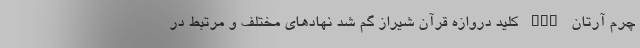
چرم آرتان nan کلید دروازه قرآن شیراز گم شد نهادهای مختلف و مرتبط در